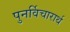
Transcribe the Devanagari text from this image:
पुनर्विचारार्थ